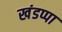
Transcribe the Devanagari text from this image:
खंडप्पा